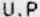
U.P